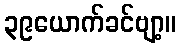
၃၉ယောက်ခင်ဗျာ့။